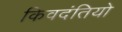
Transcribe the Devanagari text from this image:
किवदंतियो